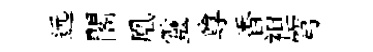
远閣凰靈尊香袒穹